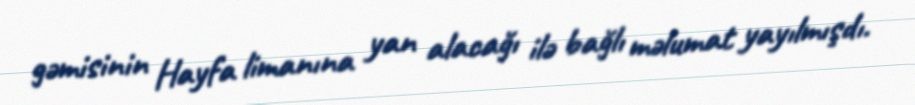
gəmisinin Hayfa limanına yan alacağı ilə bağlı məlumat yayılmışdı.